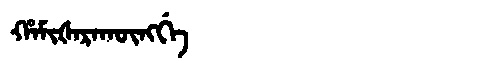
Manchu: ᡥᠠᠮᡳᡧᠠᡵᠠᡴᡡᠩᡤᡝ
Romanization: HAMIŠARAKŪNGGE